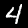
Digit: 4